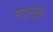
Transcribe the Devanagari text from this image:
सांगूनसुद्धा